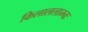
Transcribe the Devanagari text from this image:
किलाललाम्नः